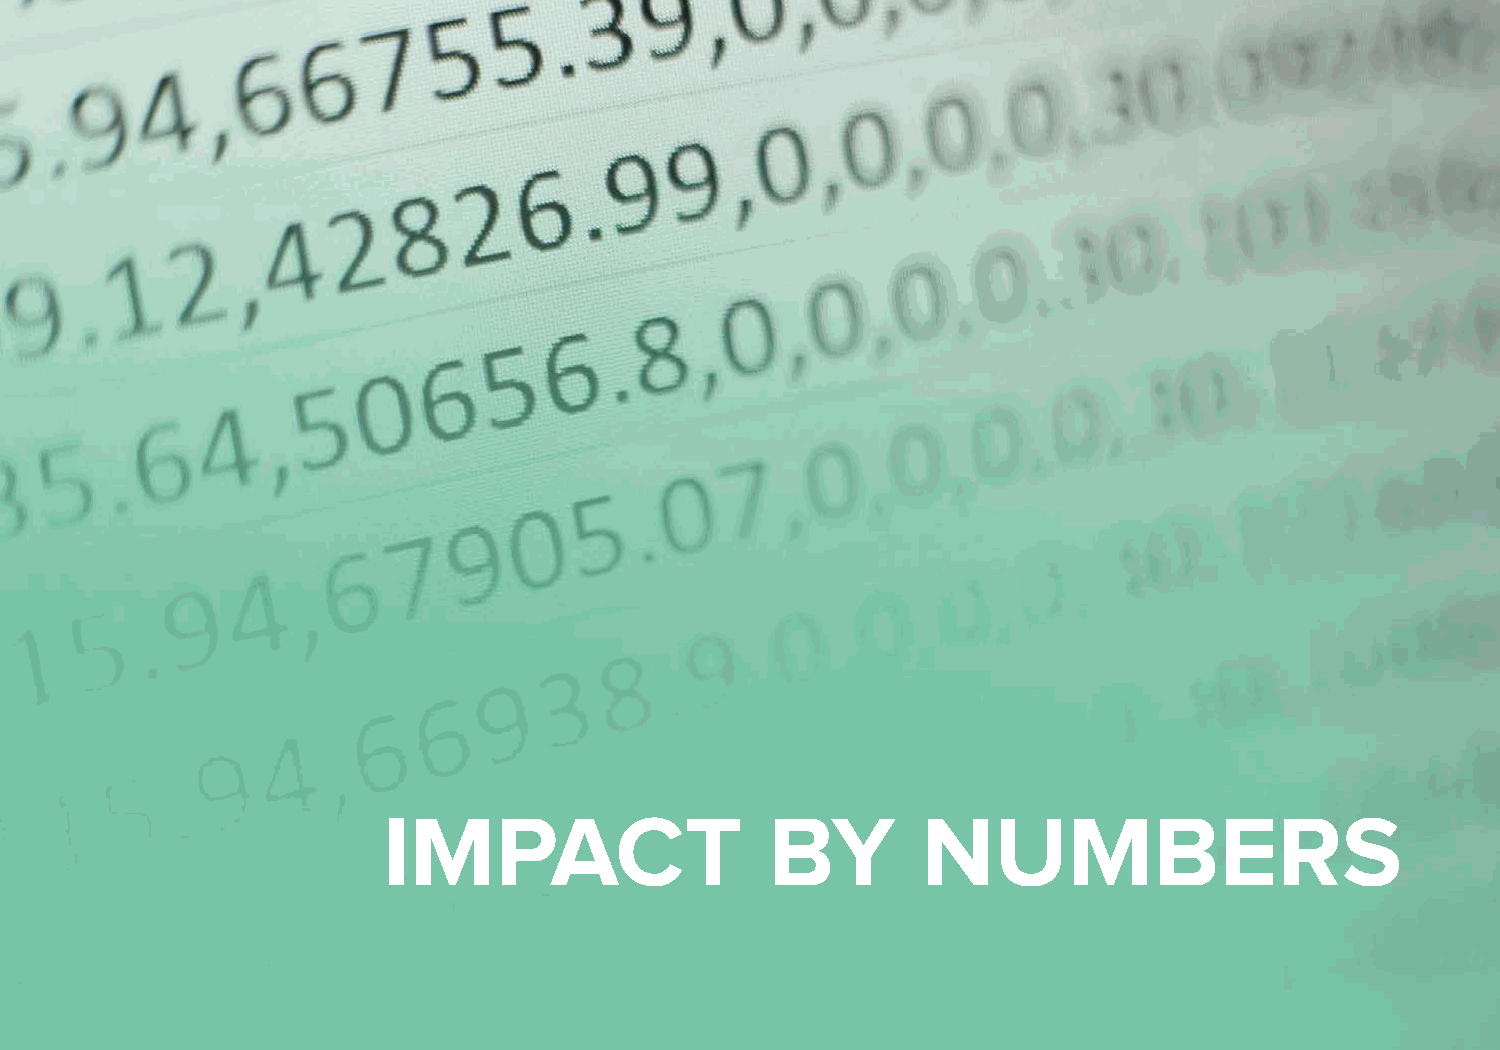
IMPACT                    BY        NUMBERS